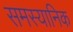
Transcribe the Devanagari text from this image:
समस्यानिक